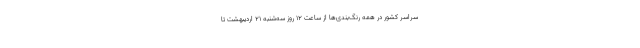
سراسر کشور در همه رنگ‌بندی‌ها از ساعت ۱۲ روز سه‌شنبه ۲۱ اردیبهشت تا